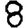
Digit: 8